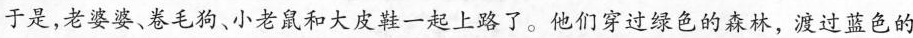
于是，老婆婆、卷毛狗、小老鼠和大皮鞋一起上路了。他们穿过绿色的森林，渡过蓝色的